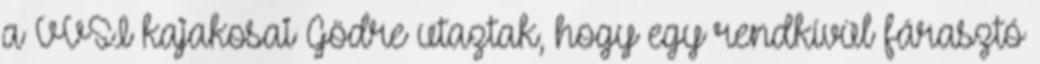
a VVSI kajakosai Gödre utaztak, hogy egy rendkívül fárasztó